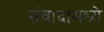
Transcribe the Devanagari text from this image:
संवादामध्ये